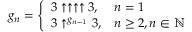
g _ { n } = \left\{ { \begin{array} { l l } { 3 \uparrow \uparrow \uparrow \uparrow 3 , } & { n = 1 } \\ { 3 \uparrow ^ { g _ { n - 1 } } 3 , } & { n \geq 2 , n \in \mathbb { N } } \end{array} } \right.